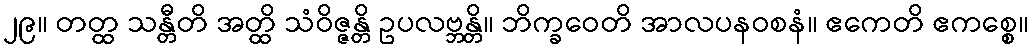
၂၉။ တတ္ထ သန္တီတိ အတ္ထိ သံဝိဇ္ဇန္တိ ဥပလဗ္ဘန္တိ။ ဘိက္ခဝေတိ အာလပနဝစနံ။ ဧကေတိ ဧကစ္စေ။